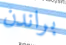
براندن